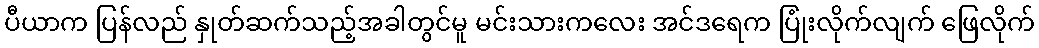
ပီယာက ပြန်လည် နှုတ်ဆက်သည့်အခါတွင်မူ မင်းသားကလေး အင်ဒရေက ပြုံးလိုက်လျက် ဖြေလိုက်